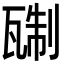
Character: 𬎭